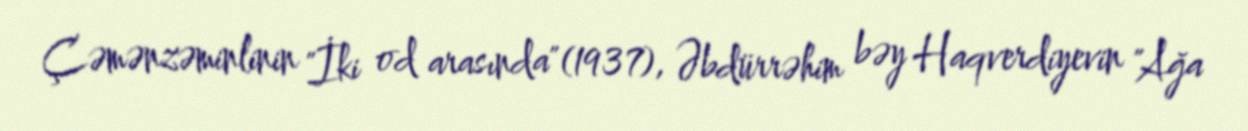
Çəmənzəminlinin "İki od arasında"(1937), Əbdürrəhim bəy Haqverdiyevin "Ağa